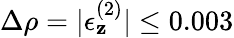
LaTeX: \Delta\rho=|\epsilon_{\mathbf{z}}^{(2)}|\leq0.003